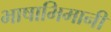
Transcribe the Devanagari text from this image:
भाषाभिमानी